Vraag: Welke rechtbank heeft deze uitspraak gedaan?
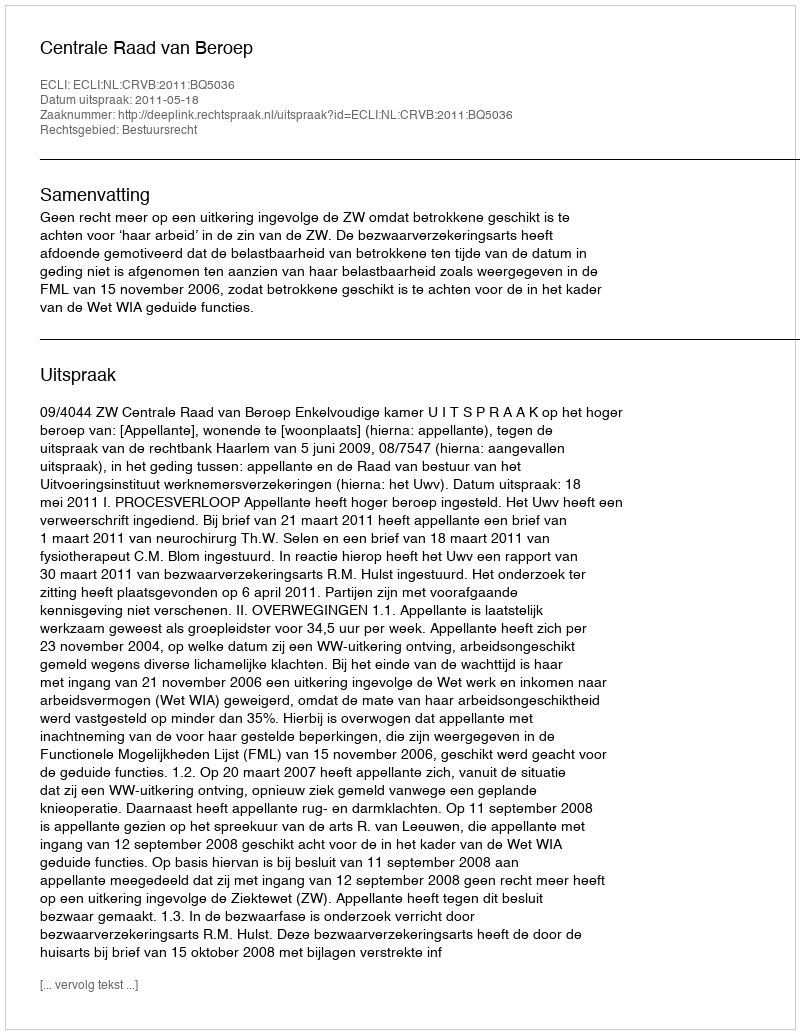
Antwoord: Centrale Raad van Beroep